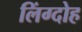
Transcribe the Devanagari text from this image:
लिंग्दोह